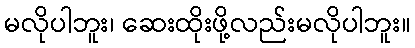
မလိုပါဘူး၊ ဆေးထိုးဖို့လည်းမလိုပါဘူး။